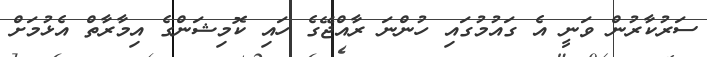
ސަރުކާރުން ވަނީ އެ ގައުމުގައި ހުންނަ ރާއްޖޭގެ ހައި ކޮމިޝަންގެ އިމާރާތް އެޅުމަށް